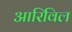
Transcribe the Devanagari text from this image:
आरिविल